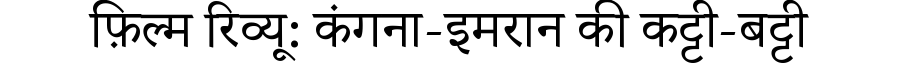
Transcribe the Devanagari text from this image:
फ़िल्म रिव्यू: कंगना-इमरान की कट्टी-बट्टी